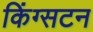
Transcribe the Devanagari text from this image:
किंग्‍सटन